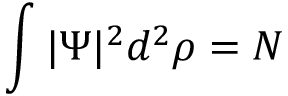
\int | \Psi | ^ { 2 } d ^ { 2 } \rho = N